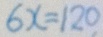
6 x = 1 2 0